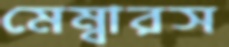
মেম্বারস